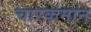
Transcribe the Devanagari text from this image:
चारकमान